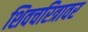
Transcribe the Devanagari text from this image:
शिवचरित्रावर